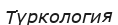
Түркология